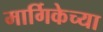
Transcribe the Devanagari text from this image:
मार्गिकेच्या